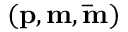
( \mathbf { p } , \mathbf { m } , \mathbf { \bar { m } } )